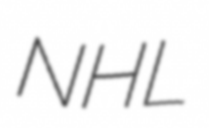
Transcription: NHL